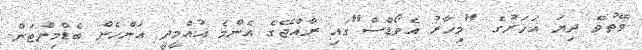
ވޭތުވެ ދިޔަ އަހަރުގެ "މިހާރު އެވޯޑްސް"ގައި ރާއްޖޭގެ އެންމެ އުއްމީދީ އަންހެން ބެޑްމިންޓަން